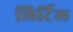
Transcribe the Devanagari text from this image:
लिर्टिल